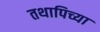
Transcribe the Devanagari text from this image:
तथापिच्या